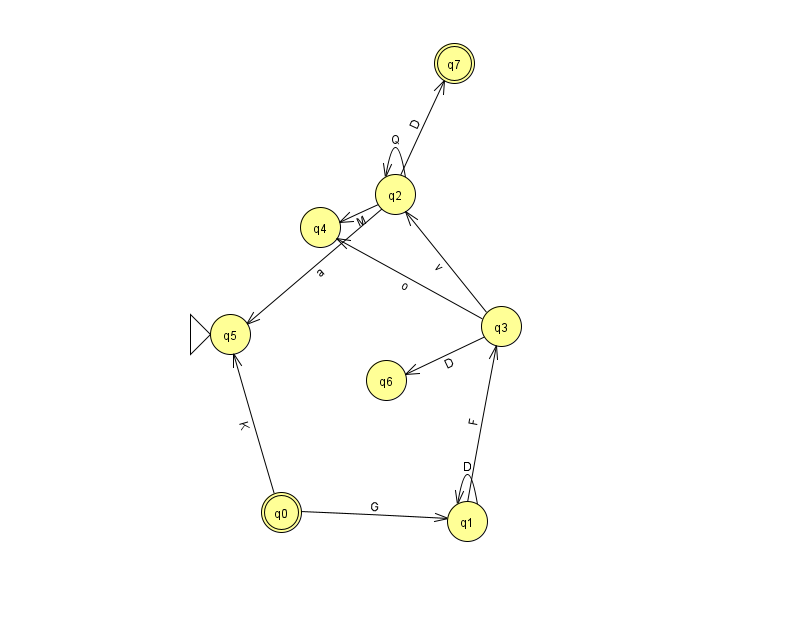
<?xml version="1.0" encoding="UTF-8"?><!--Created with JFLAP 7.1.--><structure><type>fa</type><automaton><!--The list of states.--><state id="0" name="q0"><x>281.0</x><y>499.0</y><final/></state><state id="1" name="q1"><x>467.0</x><y>508.0</y></state><state id="2" name="q2"><x>395.0</x><y>181.0</y></state><state id="3" name="q3"><x>501.0</x><y>313.0</y></state><state id="4" name="q4"><x>320.0</x><y>214.0</y></state><state id="5" name="q5"><x>230.0</x><y>321.0</y><initial/></state><state id="6" name="q6"><x>386.0</x><y>367.0</y></state><state id="7" name="q7"><x>454.0</x><y>50.0</y><final/></state><!--The list of transitions.--><transition><from>2</from><to>7</to><read>D</read></transition><transition><from>3</from><to>2</to><read>v</read></transition><transition><from>0</from><to>5</to><read>K</read></transition><transition><from>2</from><to>2</to><read>Q</read></transition><transition><from>3</from><to>6</to><read>D</read></transition><transition><from>1</from><to>1</to><read>D</read></transition><transition><from>2</from><to>5</to><read>a</read></transition><transition><from>0</from><to>1</to><read>G</read></transition><transition><from>3</from><to>4</to><read>o</read></transition><transition><from>1</from><to>3</to><read>F</read></transition><transition><from>2</from><to>4</to><read>M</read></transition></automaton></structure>